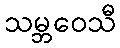
သမ္ဘဝေသီ